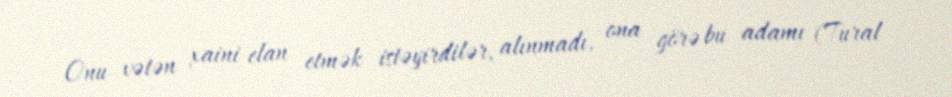
Onu vətən xaini elan etmək istəyirdilər, alınmadı, ona görə bu adamı (Tural